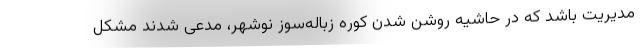
مدیریت باشد که در حاشیه روشن شدن کوره زباله‌سوز نوشهر، مدعی شدند مشکل